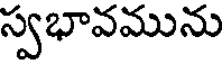
స్వభావమును